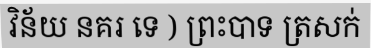
វិន័យ នគរ ទេ ) ព្រះបាទ ត្រសក់